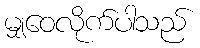
မျှဝေလိုက်ပါသည်